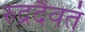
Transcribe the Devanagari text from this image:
रुद्रदैवतं